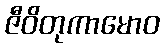
ဇီဝိတုကာမောဝ